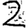
Digit: 2